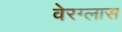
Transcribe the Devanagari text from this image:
वेरग्लास